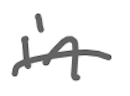
Text: in
Cross-out: single-line
Writing tool: digital_gray